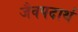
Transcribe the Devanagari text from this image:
जैवपदार्थ